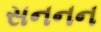
સનનન